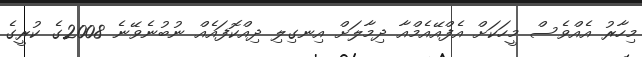
މިހާރު އެއްވެސް މީހަކަށް އެފްއޭއެމްއާ ދިމާލަށް އިނގިލި ދިއްކޮފައެއް ނުބުނެވޭނެ 2008ގެ ކުރީގެ